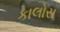
કાલોસ